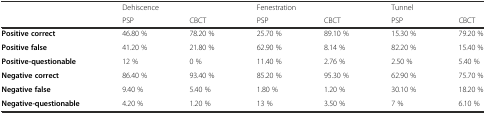
<table><thead><tr><td></td><td colspan="2"><b>Dehiscence</b></td><td colspan="2"><b>Fenestration</b></td><td colspan="2"><b>Tunnel</b></td></tr><tr><td></td><td><b>PSP</b></td><td><b>CBCT</b></td><td><b>PSP</b></td><td><b>CBCT</b></td><td><b>PSP</b></td><td><b>CBCT</b></td></tr></thead><tbody><tr><td><b>Positive correct</b></td><td>46.80 %</td><td>78.20 %</td><td>25.70 %</td><td>89.10 %</td><td>15.30 %</td><td>79.20 %</td></tr><tr><td><b>Positive false</b></td><td>41.20 %</td><td>21.80 %</td><td>62.90 %</td><td>8.14 %</td><td>82.20 %</td><td>15.40 %</td></tr><tr><td><b>Positive-questionable</b></td><td>12 %</td><td>0 %</td><td>11.40 %</td><td>2.76 %</td><td>2.50 %</td><td>5.40 %</td></tr><tr><td><b>Negative correct</b></td><td>86.40 %</td><td>93.40 %</td><td>85.20 %</td><td>95.30 %</td><td>62.90 %</td><td>75.70 %</td></tr><tr><td><b>Negative false</b></td><td>9.40 %</td><td>5.40 %</td><td>1.80 %</td><td>1.20 %</td><td>30.10 %</td><td>18.20 %</td></tr><tr><td><b>Negative-questionable</b></td><td>4.20 %</td><td>1.20 %</td><td>13 %</td><td>3.50 %</td><td>7 %</td><td>6.10 %</td></tr></tbody></table>